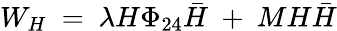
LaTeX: W_{H}\ =\ \lambda H\Phi_{24}{\bar{H}}\ +\ MH{\bar{H}}